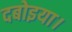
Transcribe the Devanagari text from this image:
दबोइया।